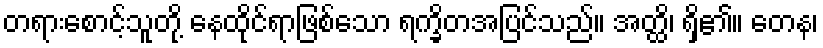
တရားစောင့်သူတို့ နေထိုင်ရာဖြစ်သော ရက္ခိတအပြင်သည်။ အတ္ထိ၊ ရှိ၏။ တေန၊